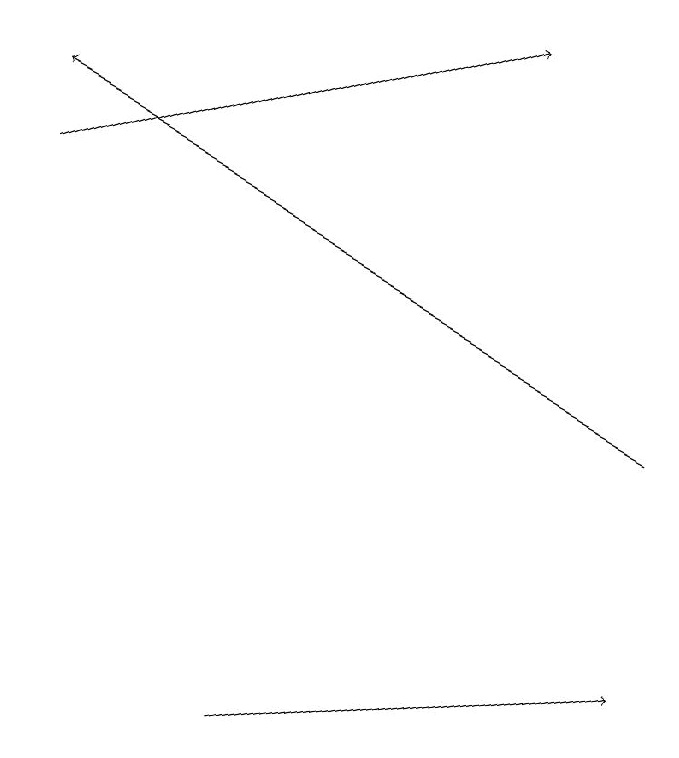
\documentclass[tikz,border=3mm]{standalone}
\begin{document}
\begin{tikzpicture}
\draw[->] (3,10) -- (8,11);
\draw[->] (0,17) -- (6,19);
\draw[->] (8,14) -- (0,18);
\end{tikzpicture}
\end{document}